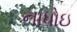
નાધોઇ